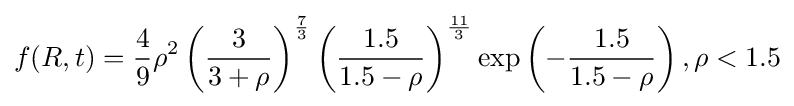
f(R,t)={\frac {4}{9}}\rho ^{2}\left({\frac {3}{3+\rho }}\right)^{\frac {7}{3}}\left({\frac {1.5}{1.5-\rho }}\right)^{\frac {11}{3}}\exp \left(-{\frac {1.5}{1.5-\rho }}\right),\rho <1.5